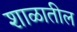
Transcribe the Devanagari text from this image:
शाळातील